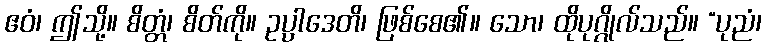
ဧဝံ၊ ဤသို့။ စိတ္တံ၊ စိတ်ကို။ ဥပ္ပါဒေတိ၊ ဖြစ်စေ၏။ သော၊ ထိုပုဂ္ဂိုလ်သည်။ “ပုညံ၊